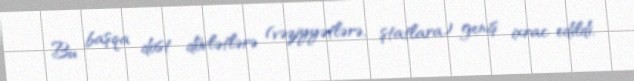
Bu başqa dost dövlətlərə (vəziyyətlərə, ştatlara) geniş ixrac edildi,